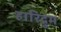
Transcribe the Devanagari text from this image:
हारिद्रुम